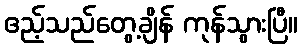
ဧည့်သည်တွေ့ချိန် ကုန်သွားပြီ။